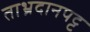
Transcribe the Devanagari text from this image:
ताभ्रदानपट्ट